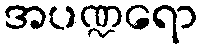
အပဏ္ဍရော